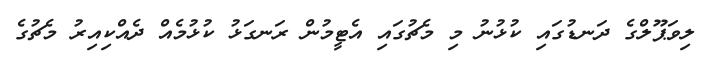
ލިވަޕޫލްގެ ދަނޑުގައި ކުޅުނު މި މެޗުގައި އެޓީމުން ރަނގަޅު ކުޅުމެއް ދެއްކިއިރު މެޗުގެ